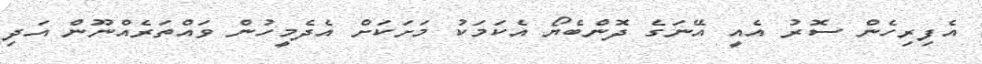
އެފިރިހެން ސޮރު އެއީ އޭނަގެ ދޮންބެޔޯ އެކަމަކު މަށަކަށް އެދެމީހުން ވައްތަރެއްނޫން އަދި